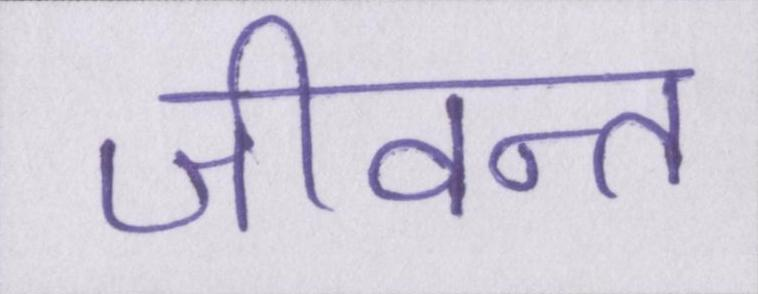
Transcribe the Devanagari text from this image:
जीवन्त